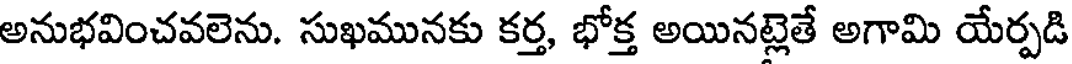
అనుభవించవలెను. సుఖమునకు కర్త, భోక్త అయినట్లెతే అగామి యేర్పడి